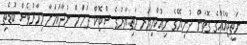
ނަތީޖާއެއްގެ ގޮތުން ދުނިޔޭގެ ނިއުކްލިޔަރ ހަތިޔާރުގެ ސްޓޮކް ދަށަށް ނުދާކަމަށާ މިހާރުވެސް ބޮޑެތި